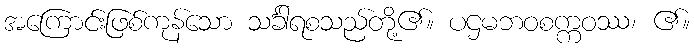
အကြောင်းဖြစ်ကုန်သော သင်္ခါရစသည်တို့၏။ ပဌမဘဝစက္ကဝဿ၊ ၏။